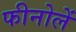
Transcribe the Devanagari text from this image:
फीनोलें